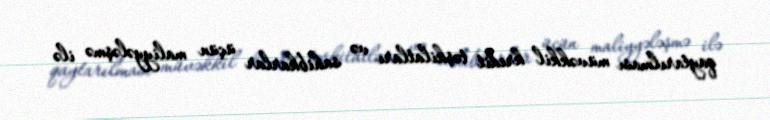
qaytarılması müvəkkil kredit təşkilatları və sahibkarlar üçün maliyyələşmə ilə